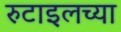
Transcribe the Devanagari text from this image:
रुटाइलच्या